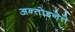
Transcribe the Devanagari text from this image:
अन्तोइनेत्ते